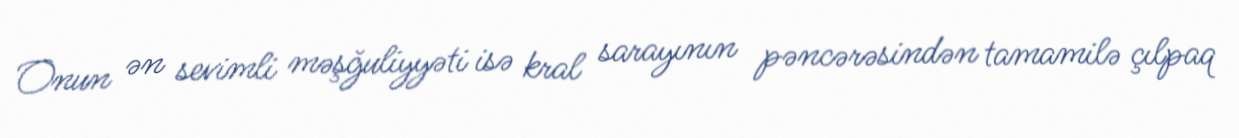
Onun ən sevimli məşğuliyyəti isə kral sarayının pəncərəsindən tamamilə çılpaq